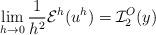
LaTeX: \begin{align*} \lim_{h\to 0} \frac{1}{h^2}\mathcal E^h(u^h) = \displaystyle{\mathcal{I}_2^O(y) } \end{align*}